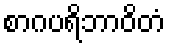
စာဂပရိဘာဝိတံ